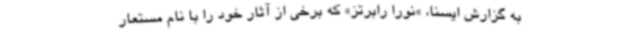
به گزارش ایسنا،‌ »‌نورا رابرتز»‌ که برخی از آثار خود را با نام مستعار